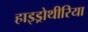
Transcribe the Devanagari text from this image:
हाइड्रोथीरिया